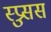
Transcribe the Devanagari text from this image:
स्प्रुसस